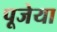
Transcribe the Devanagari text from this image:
पूजेया